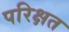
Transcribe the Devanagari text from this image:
परिक्षत